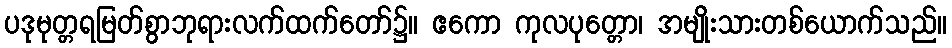
ပဒုမုတ္တရမြတ်စွာဘုရားလက်ထက်တော်၌။ ဧကော ကုလပုတ္တော၊ အမျိုးသားတစ်ယောက်သည်။